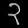
Digit: ၃